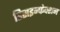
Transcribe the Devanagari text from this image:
डिसइन्फेक्शन